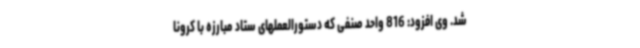
شد. وی افزود: 816 واحد صنفی که دستورالعملهای ستاد مبارزه با کرونا